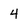
Character: 4